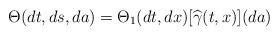
LaTeX: \begin{align*}\Theta(dt,ds,da)= \Theta_1(dt,dx) [\widehat{\gamma}(t,x)](da)\end{align*}